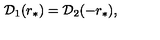
{ \cal D } _ { 1 } ( r _ { * } ) = { \cal D } _ { 2 } ( - r _ { * } ) ,